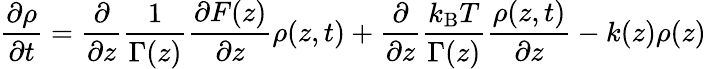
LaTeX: \frac{\partial\rho}{\partial t}=\frac{\partial}{\partial z}\frac{1}{\Gamma(z)}\frac{\partial F(z)}{\partial z}\rho(z,t)+\frac{\partial}{\partial z}\frac{k_{\mathrm{B}}T}{\Gamma(z)}\frac{\rho(z,t)}{\partial z}-k(z)\rho(z)